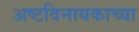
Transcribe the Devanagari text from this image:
अष्टविनायकाच्या